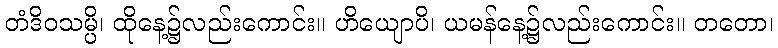
တံဒိဝသမ္ပိ၊ ထိုနေ့၌လည်းကောင်း။ ဟိယျောပိ၊ ယမန်နေ့၌လည်းကောင်း။ တတော၊